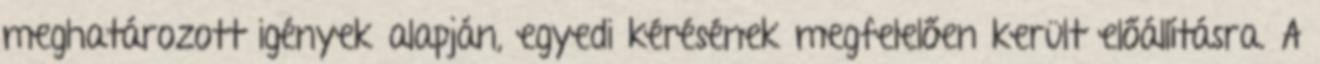
meghatározott igények alapján, egyedi kérésének megfelelően került előállításra. A